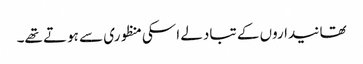
تھانیداروں کے تبادلے اسکی منظوری سے ہوتے تھے۔